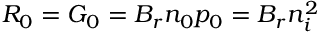
R _ { 0 } = G _ { 0 } = B _ { r } n _ { 0 } p _ { 0 } = B _ { r } n _ { i } ^ { 2 }